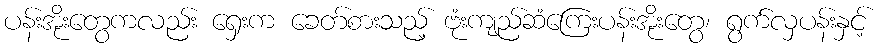
ပန်းအိုးတွေကလည်း ရှေးက ခေတ်စားသည့် ဗုံးကျည်ဆံကြေးပန်းအိုးတွေ၊ ရွက်လှပန်းနှင့်